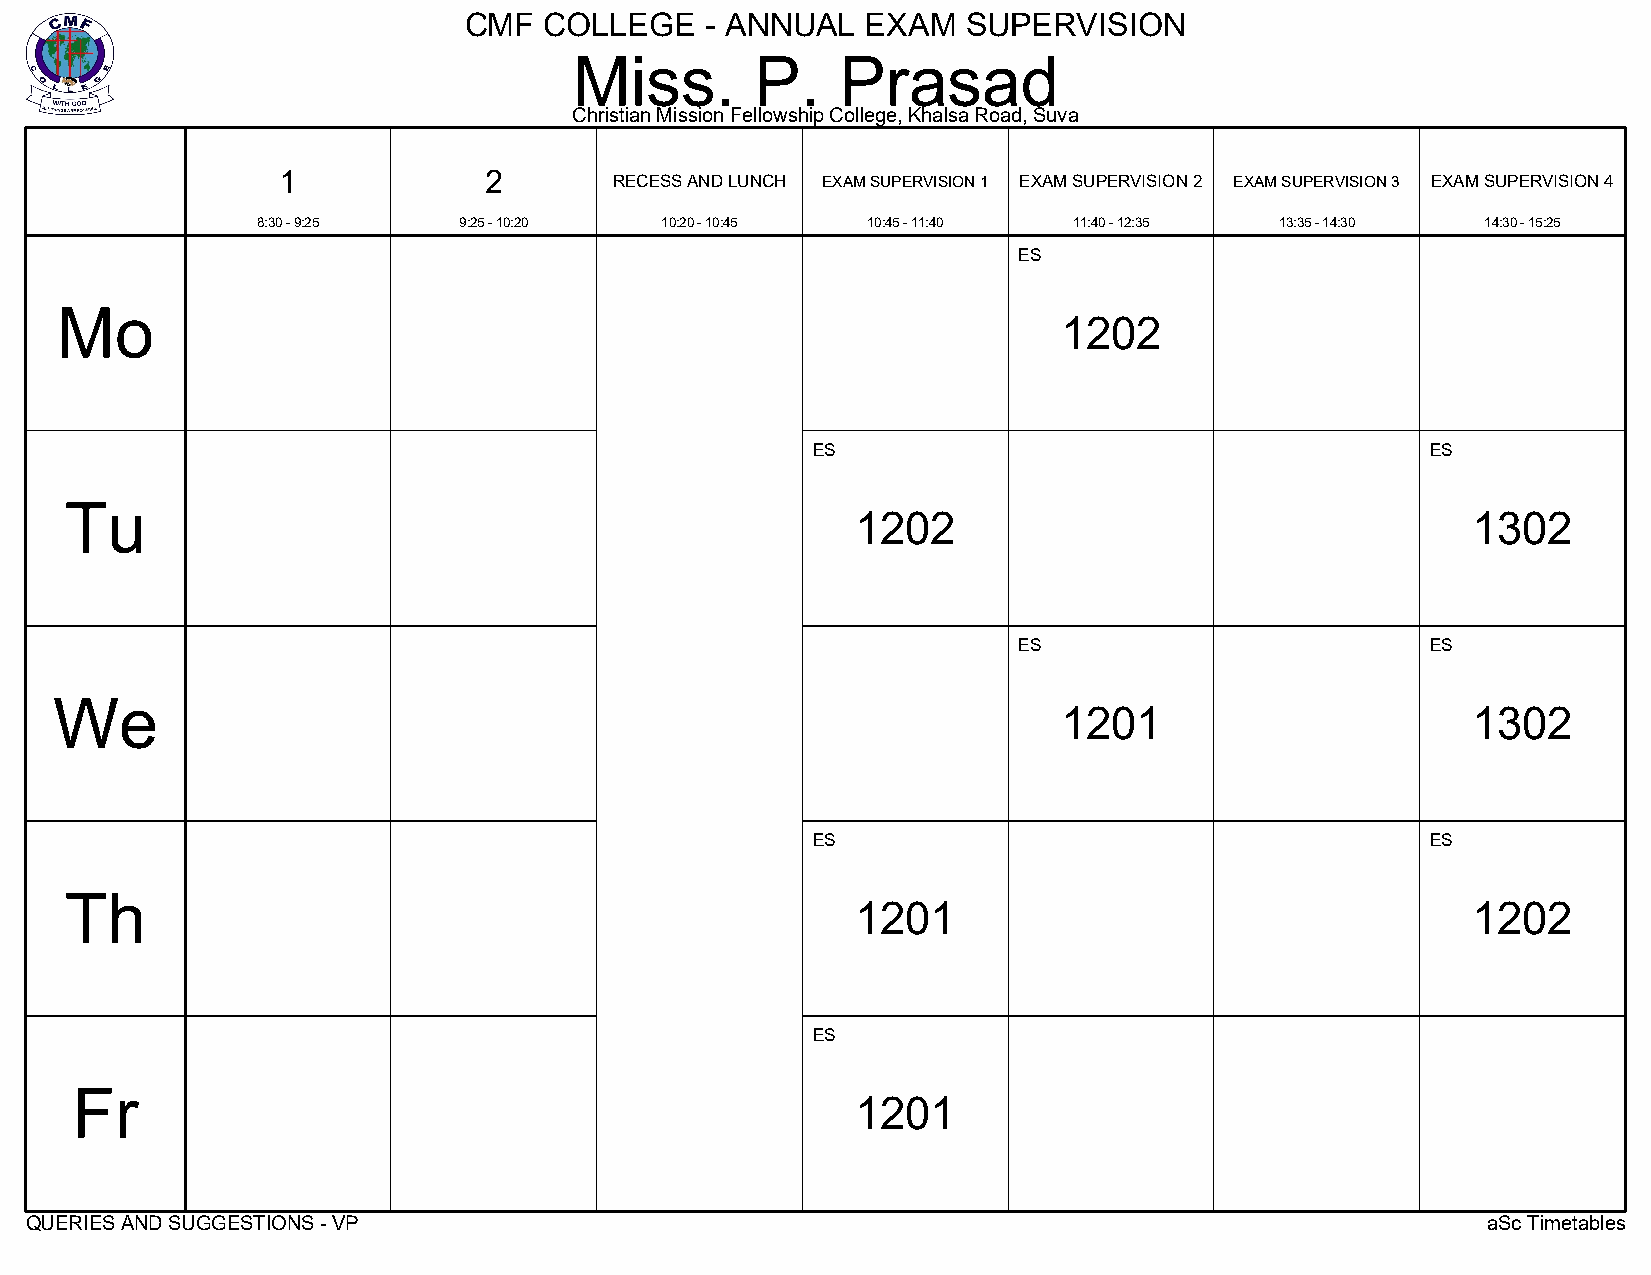
CMF  COLLEGE    - ANNUAL  EXAM   SUPERVISION
 Miss.       P.    Prasad
 Christian Mission Fellowship College, Khalsa Road, Suva
 1             2
 RECESS AND LUNCH EXAM SUPERVISION 1 EXAM SUPERVISION 2 EXAM SUPERVISION 3 EXAM SUPERVISION 4
 8:30 - 9:25  9:25 - 10:20  10:20 - 10:45 10:45 - 11:40 11:40 - 12:35 13:35 - 14:30 14:30 - 15:25
 ES
 Mo
 1202
 ES                                       ES
 Tu
 1202                                    1302
 ES                          ES
 We
 1201                       1302
 ES                                       ES
 Th
 1201                                    1202
 ES
 Fr
 1201
 QUERIES AND SUGGESTIONS - VP                                                                    aSc Timetables